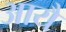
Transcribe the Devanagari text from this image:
आयै